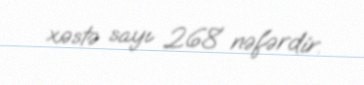
xəstə sayı 268 nəfərdir.